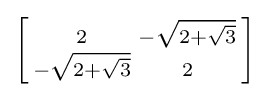
\left[{\begin{smallmatrix}2&-{\sqrt {2+{\sqrt {3}}}}\\-{\sqrt {2+{\sqrt {3}}}}&2\end{smallmatrix}}\right]